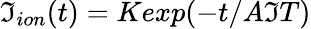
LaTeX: \mathfrak{I}_{ion}(t)=Kexp(-t/A\mathfrak{I}T)